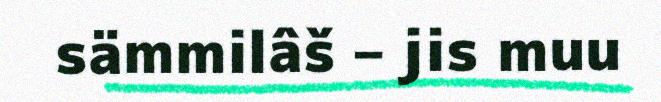
sämmilâš – jis muu